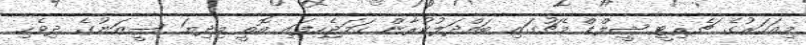
މިއަހަރުގެ ޗެރިޓީ ޝީލްޑް މެޗުގައި ބައްދަލުކުރާން ހަމަޖެހިފައި އޮތީ މިދިޔަ ސީޒަނުގެ ދިވެހި